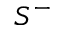
S ^ { - }